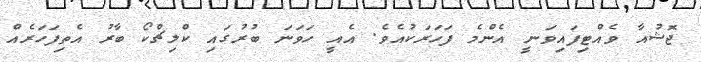
ޖޮޝުއާ ވެއްޓިފައިވަނީ އެންމެ ފަހަރަކުއެވެ. އެއީ ހަވަނަ ބުރުގައި ކްލިޗްކޯ ބާރު އެތިފަހަރެއް